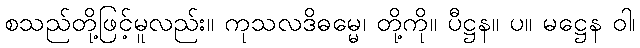
စသည်တို့ဖြင့်မူလည်း။ ကုသလဒိဓမ္မေ၊ တို့ကို။ ပီဋ္ဌန။ ပ။ မဋ္ဌေန ဝါ၊